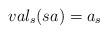
LaTeX: \begin{align*}val_{s}(sa)=a_{s}\end{align*}